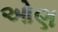
ઓણ